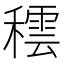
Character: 𥢚